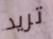
تريد